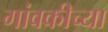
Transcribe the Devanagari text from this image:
गांवकीच्या